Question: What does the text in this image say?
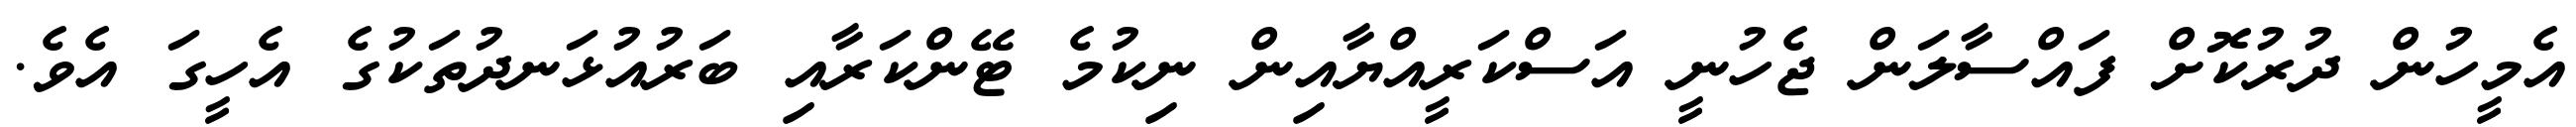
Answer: އެމީހުން ދުރުކޮށް ފައްސާލަން ޖެހުނީ އަސްކަރީއްޔާއިން ނިކުމެ ޓޭންކަރާއި ބަރުއުޅަނދުތަކުގެ އެހީގަ އެވެ.